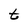
Character: t